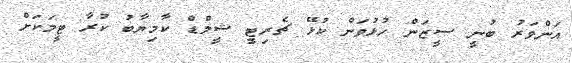
އަންވަރު ބުނީ ސީޒަން ހުޅުވަން ކުޅޭ ޗެރިޓީ ޝީލްޑް ކާމިޔާބު ކުރާ ޓީމަކަށް